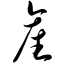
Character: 产